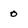
Character: 0